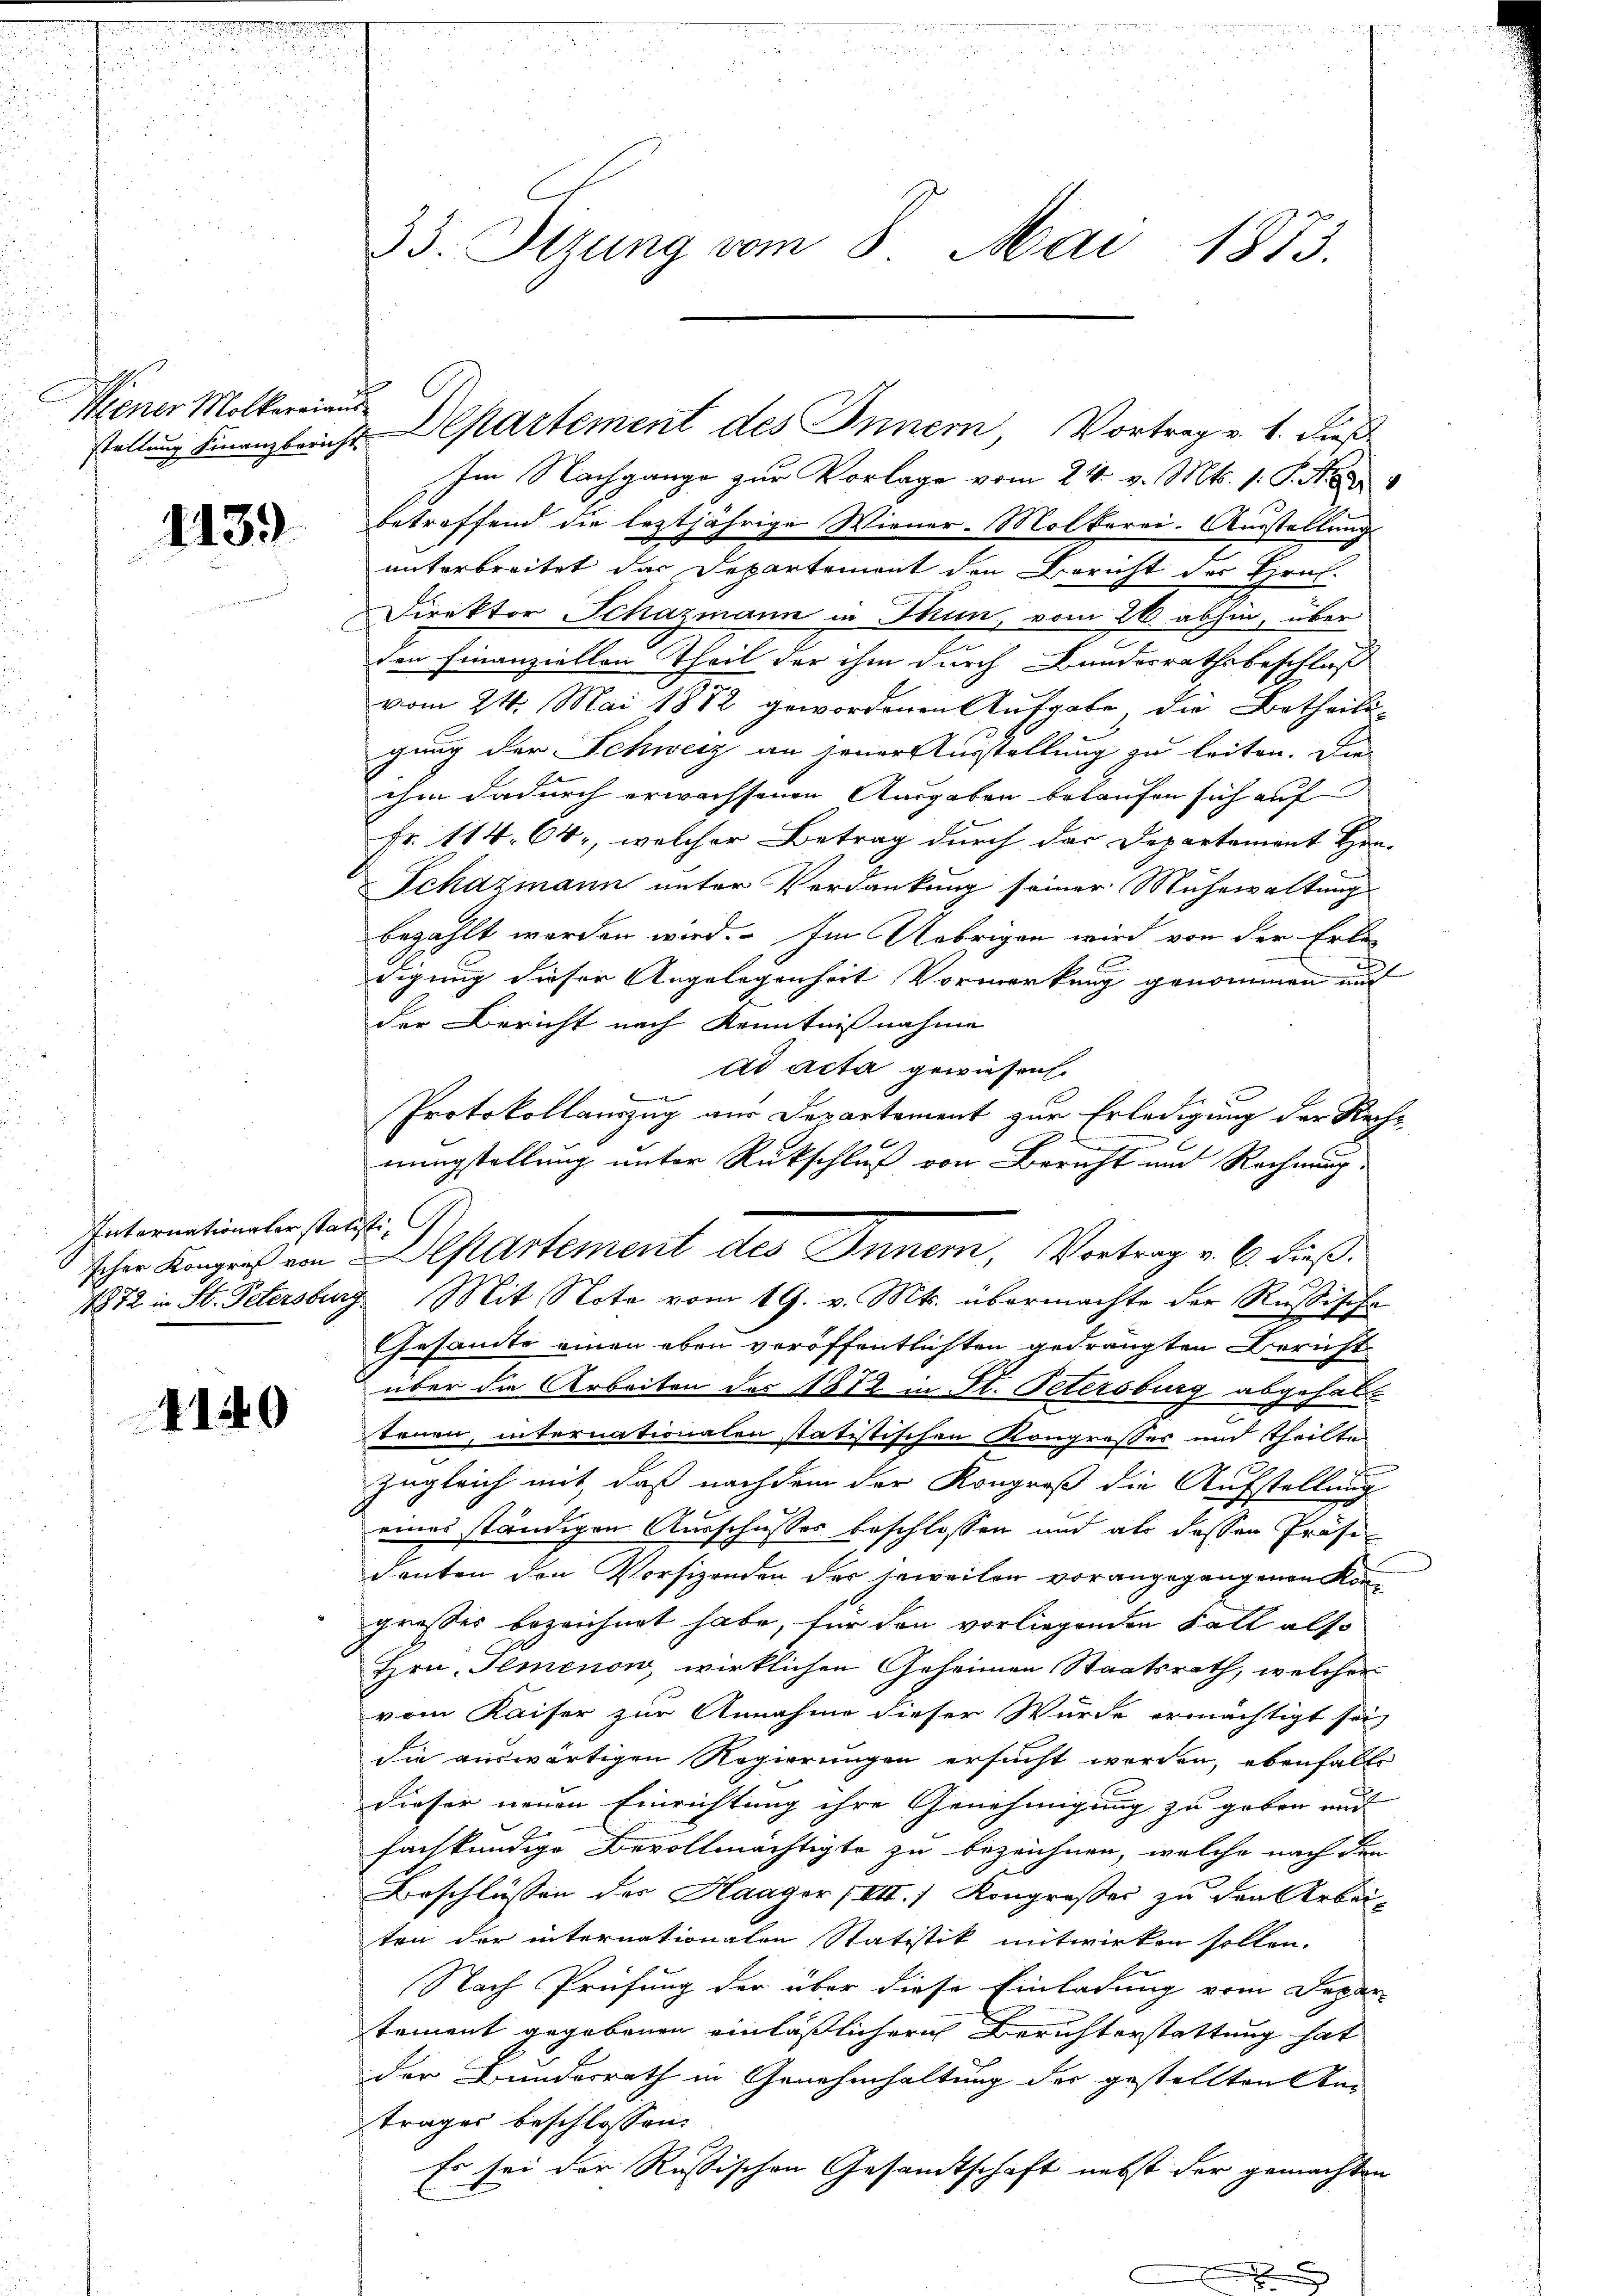
Niener Molkereiaus

1139

Internationsler statisti

4140

Im Nachgange zur Vorlage vom 24. v. Mts. 1. P. Nr
betreffend die leztjährige Wiener-Mölkerei. Ausstellung
unterbreitet das Departemont den Bericht der Grul-
Direktor Schazmann in Thun, vom 26. abhin, über
den Finanziellen Theil der ihm durch Bundesrathsbeschluß
vom 21. Mai 1882, gewordenen Aufgabe die Betheilun
gung der Schweiz an jener Ausstellung zu leiten. Die
ihen dadurch erwachsenen Ausgaben belaufen sich auf
Fr. 114. 64, welcher Betrag durch das Departement Hrn.
Schazmann unter Verdankung seiner Mühewaltung
bezahlt werden wird. Im Uebrigen wird von der Erledigung dieser Angelegenheit Vormerkung genommen und
der Bericht nach Kenntnißnahme
ad acta gewiesen.
Protokollauszug aus Departament zur Erledigung der Rechnungstellung unter Rückschluß von Bericht und Rechnung.
1872 in St. Petersburg Mit Note vom 19. v. Mts. übermachte der Rußische
Gesamte einen eben veröffentlichten gedrängten Bericht
über die Arbeiten des 1812 in St. Petersburg abgehaltonen, internationalen statistischen Kongresses und Theilte
zugleich mit, daß nachdem der Kongroß die Aufstellung
eines ständigen Ausschusses beschlossen und als dessen Präsi-
denten den Vorsizenden der jeweilen vorangegangenen Kongroßes bezeichnet habe, für den vorliegenden Fall also
Hrn. Ilmenow, wirklichen Geheimen Staatsrath, welcher
vom Kaiser zur Annahme dieser Würde ermächtigt sei
die auswärtigen Regierungen ersucht werden, ebenfalls
dieser neuen Einrichtung ihre Genehmigung zu geben und
fachkundige Bevollmächtigte zu bezeichnen, welche nach den
Beschlüssen der Haager (VII.) Kongroßes zu den Arbei-
ten der internationalen Statistik mitwirken sollen.
Nach Prüfung der über diese Einladung vom Depar
tement gegebenen einläßlicher Berichterstattung hat
der Bunderrath in Genehmhaltung der gestellten Am
träger beschlossen:
Es sei der Russischen Gesandtschaft nebst der gemachten

33. Sirung vom 8. Mai 1873.

staltung Finanzbericht Departement des Innern Vortrag v. 1. dieß

schen Kongreß von Departement des Innern, Vortrag v. 6. dieß¬